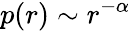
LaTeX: p(r)\sim r^{-\alpha}